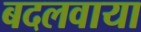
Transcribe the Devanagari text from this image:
बदलवाया